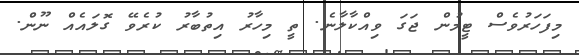
މިފަހަރުވެސް ޓީމުން ޖަަގަ ވިއްކާލާނެ. ތީ މިހާރު އިތުބާރު ކުރެވޭ ގޮލައެއް ނޫން.